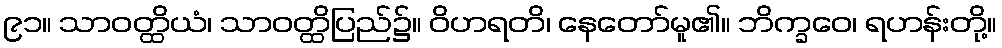
၉၁။ သာဝတ္ထိယံ၊ သာဝတ္ထိပြည်၌။ ဝိဟရတိ၊ နေတော်မူ၏။ ဘိက္ခဝေ၊ ရဟန်းတို့။